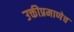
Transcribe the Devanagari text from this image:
उक्तीप्रमाणेच